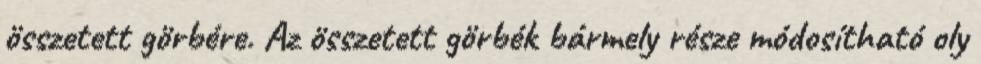
összetett görbére. Az összetett görbék bármely része módosítható oly